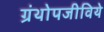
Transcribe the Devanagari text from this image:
ग्रंथोपजीविये